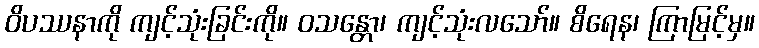
ဝိပဿနာကို ကျင့်သုံးခြင်းကို။ ဝသန္တော၊ ကျင့်သုံးလသော်။ စိရေန၊ ကြာမြင့်မှ။